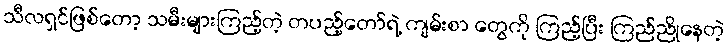
သီလရှင်ဖြစ်တော့ သမီးများကြည့်တဲ့ တပည့်တော်ရဲ့ ကျမ်းစာ တွေကို ကြည့်ပြီး ကြည်ညိုနေတဲ့